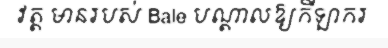
វត្ត មានរបស់ Bale បណ្តាលឱ្យកីឡាករ